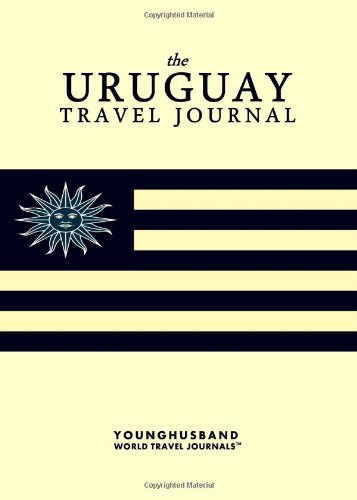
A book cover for The Uruguay Travel Journal; Younghusband World Travel Journals; Travel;